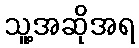
သူ့အဆိုအရ